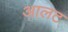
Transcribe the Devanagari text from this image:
आलट